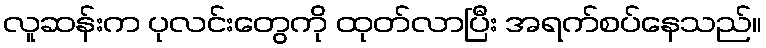
လူဆန်းက ပုလင်းတွေကို ထုတ်လာပြီး အရက်စပ်နေသည်။